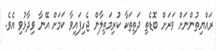
ރައްޔިތުންނަށް ވަރަށް ބޮޑެތި ދަތިތަކާ ކުރިމަތިލާން ޖެހިފައިވާ ކަމަށް އޭނާ ވިދާޅުވި އެވެ.